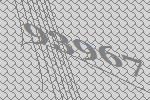
93967